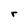
Character: r